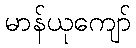
မာန်ယုကျော်